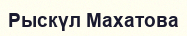
Рыскүл Махатова